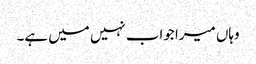
وہاں میرا جواب نہیں میں ہے۔